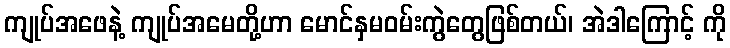
ကျုပ်အဖေနဲ့ ကျုပ်အမေတို့ဟာ မောင်နှမဝမ်းကွဲတွေဖြစ်တယ်၊ အဲဒါကြောင့် ကို